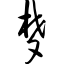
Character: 梦